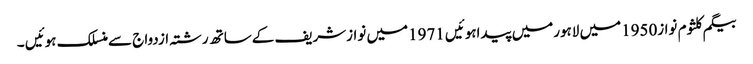
بیگم کلثوم نواز1950میں لاہورمیں پیداہوئیں 1971میں نوازشریف کےساتھ رشتہ ازدواج سےمنسلک ہوئیں ۔